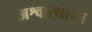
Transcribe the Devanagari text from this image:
अश्वात्थामा